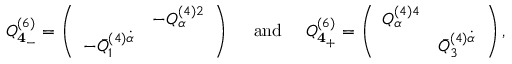
{ \cal Q } _ { { \bf 4 } _ { - } } ^ { ( 6 ) } = \left( \begin{array} { c c } { { } } & { { - { \cal Q } _ { \alpha } ^ { ( 4 ) 2 } } } \\ { { - \bar { { \cal Q } } _ { 1 } ^ { ( 4 ) \dot { \alpha } } } } & { { } } \end{array} \right) \quad \mathrm { ~ a n d ~ } \quad { \cal Q } _ { { \bf 4 } _ { + } } ^ { ( 6 ) } = \left( \begin{array} { c c } { { { \cal Q } _ { \alpha } ^ { ( 4 ) 4 } } } & { { } } \\ { { } } & { { \bar { { \cal Q } } _ { 3 } ^ { ( 4 ) \dot { \alpha } } } } \end{array} \right) ,